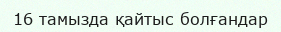
16 тамызда қайтыс болғандар